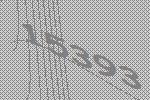
15393